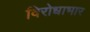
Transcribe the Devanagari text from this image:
विरोधाभार